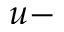
u -